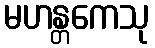
မဟန္တကေသု